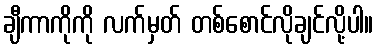
ချီကာကိုကို လက်မှတ် တစ်စောင်လိုချင်လို့ပါ။